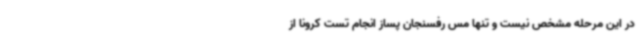
در این مرحله مشخص نیست و تنها مس رفسنجان پساز انجام تست کرونا از